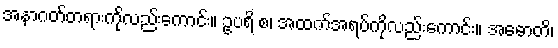
အနာဂတ်တရားကိုလည်းကောင်း။ ဥပရိ စ၊ အထက်အရပ်ကိုလည်းကောင်း။ အဓောတိ၊